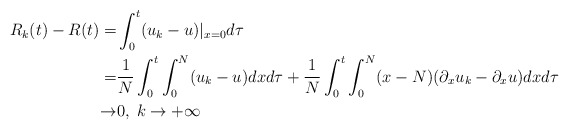
\begin{align*}\begin{aligned}R_k(t)-R(t)=&\int_0^t(u_k-u)|_{x=0}d\tau\\=&\frac{1}{N}\int_0^t\int_0^N(u_k-u)dxd\tau+\frac{1}{N}\int_0^t\int_0^N(x-N)(\partial_xu_k-\partial_xu)dxd\tau\\\rightarrow& 0,\;k\rightarrow+\infty\end{aligned}\end{align*}